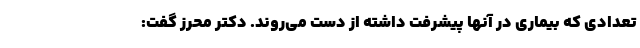
تعدادی که بیماری در آنها پیشرفت داشته از دست می‌روند. دکتر محرز گفت: